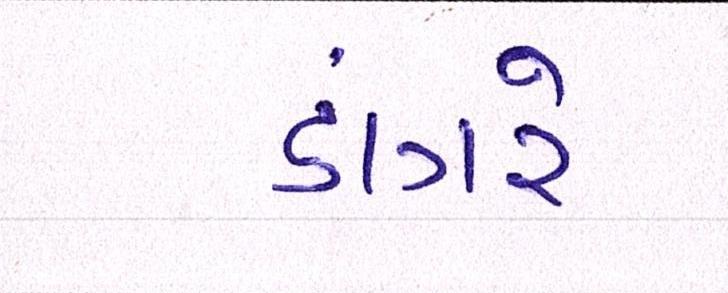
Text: ડાંગરે